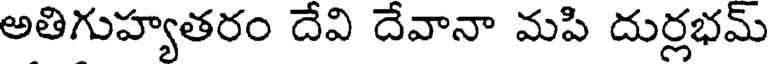
అతిగుహ్యతరం దేవి దేవానా మపి దుర్లభమ్